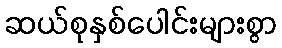
ဆယ်စုနှစ်ပေါင်းများစွာ